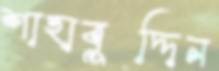
শাহাবুদ্দিন